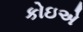
કોઇએ